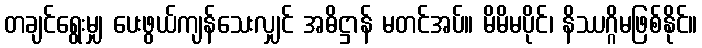
တချင်ရွေးမျှ ပေးဖွယ်ကျန်သေးလျှင် အဓိဋ္ဌာန် မတင်အပ်။ မိမိမပိုင်၊ နိဿဂ္ဂိမဖြစ်နိုင်။